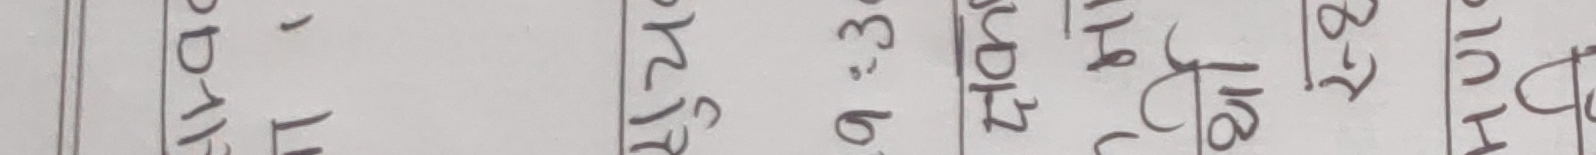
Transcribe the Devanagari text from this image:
उपाध्यक्ष २०७९ मंसिर ११:३० उपाध्यक्ष प्रेस २-२ १७ पौष